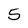
Character: 5